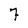
Character: 7